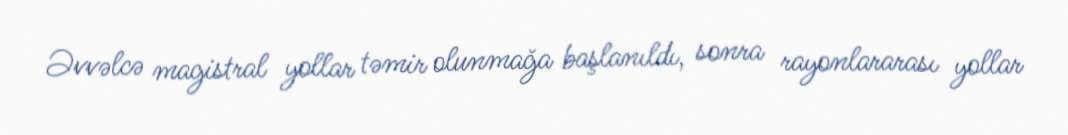
Əvvəlcə magistral yollar təmir olunmağa başlanıldı, sonra rayonlararası yollar